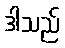
ဒါသည်